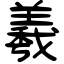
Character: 羲